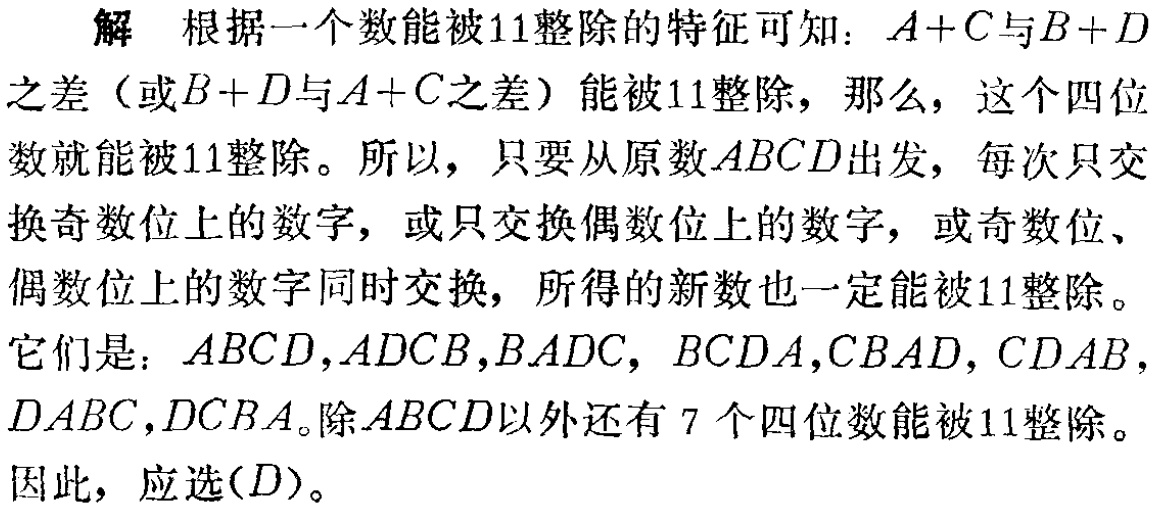
解 根据一个数能被\(11\)整除的特征可知：\(A + C\)与\(B + D\)之差（或\(B + D\)与\(A + C\)之差）能被\(11\)整除，那么，这个四位数就能被\(11\)整除。所以，只要从原数\(ABCD\)出发，每次只交换奇数位上的数字，或只交换偶数位上的数字，或奇数位、偶数位上的数字同时交换，所得的新数也一定能被\(11\)整除。

它们是：\(ABCD,ADCB,BADC, BCDA,CBAD, CDAB,DABC,DCBA\)。除\(ABCD\)以外还有\(7\)个四位数能被\(11\)整除。

因此，应选\((D)\)。